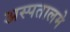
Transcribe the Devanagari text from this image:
अस्पतालमे